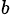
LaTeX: ^{b}